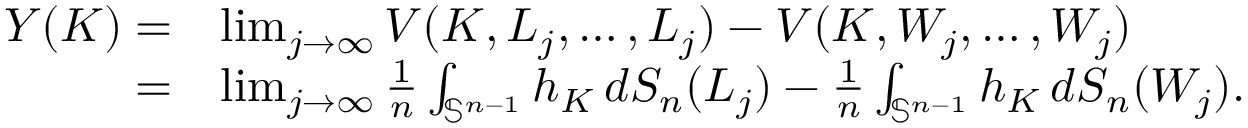
\begin{array} { r l } { Y ( K ) = } & { \operatorname* { l i m } _ { j \to \infty } V ( K , L _ { j } , \dots , L _ { j } ) - V ( K , W _ { j } , \dots , W _ { j } ) } \\ { = } & { \operatorname* { l i m } _ { j \to \infty } \frac { 1 } { n } \int _ { \mathbb { S } ^ { n - 1 } } h _ { K } \, d S _ { n } ( L _ { j } ) - \frac { 1 } { n } \int _ { \mathbb { S } ^ { n - 1 } } h _ { K } \, d S _ { n } ( W _ { j } ) . } \end{array}